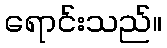
ရောင်းသည်။